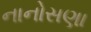
નાનોસણા